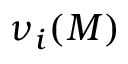
\nu _ { i } ( M )